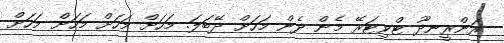
ރަންރީނދޫ ޓްވިޓަރޭ މެން ދެން މަހަށް ދޭބަލަ. މަހަށް މަަހަށް މަހަށް މަހަށް